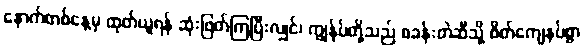
နောက်တစ်နေ့မှ ထုတ်ယူရန် ဆုံးဖြတ်ကြပြီးလျှင်၊ ကျွန်ုပ်တို့သည် စခန်းတဲဆီသို့ စိတ်ကျေနပ်စွာ